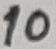
Text: 10